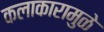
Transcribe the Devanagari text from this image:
कलाकारामुळे